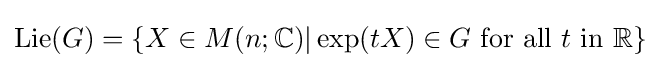
\operatorname {Lie} (G)=\{X\in M(n;\mathbb {C} )|\operatorname {exp} (tX)\in G{\text{ for all }}t{\text{ in }}\mathbb {\mathbb {R} } \}